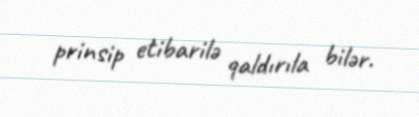
prinsip etibarilə qaldırıla bilər.